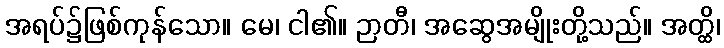
အရပ်၌ဖြစ်ကုန်သော။ မေ၊ ငါ၏။ ဉာတီ၊ အဆွေအမျိုးတို့သည်။ အတ္ထိ၊